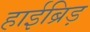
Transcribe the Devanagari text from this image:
हाईब्रिड़